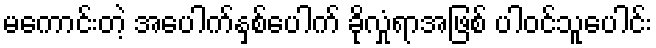
မကောင်းတဲ့ အပေါက်နှစ်ပေါက် ခိုလှုံရာအဖြစ် ပါဝင်သူပေါင်း